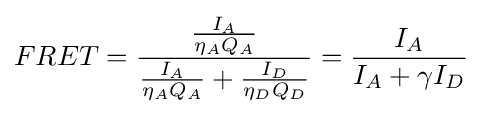
FRET={\frac {\tfrac {I_{A}}{\eta _{A}Q_{A}}}{{\tfrac {I_{A}}{\eta _{A}Q_{A}}}+{\tfrac {I_{D}}{\eta _{D}Q_{D}}}}}={\frac {I_{A}}{{I_{A}}+\gamma {I_{D}}}}